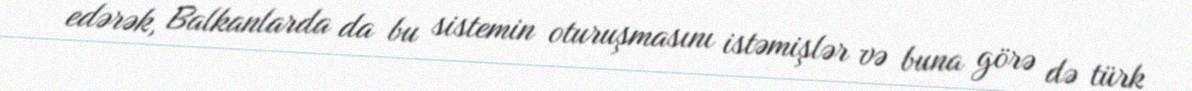
edərək, Balkanlarda da bu sistemin oturuşmasını istəmişlər və buna görə də türk